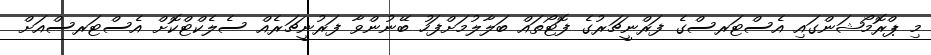
މި ޕްރޮމޯޝަންގައި އެސްޓަރސްގެ ފަރްނީޗަރުގެ ފޮޓޯތައް ބަލާލުމަށްފަހު ބޭނުންވާ ފަރުނީޗަރެއް ސެލެކްޓްކޮށް އެސްޓަރސްއަށް